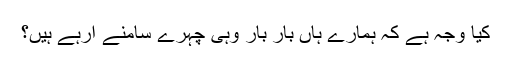
کیا وجہ ہے کہ ہمارے ہاں بار بار وہی چہرے سامنے آرہے ہیں؟